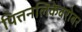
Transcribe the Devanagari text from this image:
पित्तनलिकेबरोबर